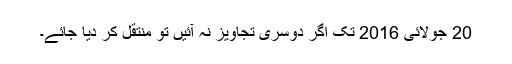
20 جولائی 2016 تک اگر دوسری تجاویز نہ آئیں تو منتقل کر دیا جائے۔